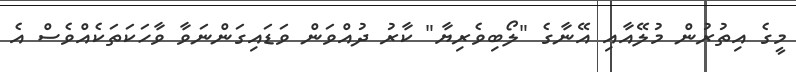
މީގެ އިތުރުން މުލޭއާއި އޭނާގެ "ލޯބިވެރިޔާ" ކާރު ދުއްވަން ވަޑައިގަންނަވާ ވާހަކަތަކެއްވެސް އެ